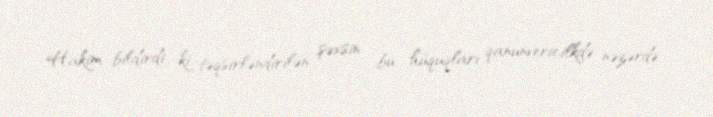
Hakim bildirdi ki, təqsirləndirilən şəxsin bu hüquqları qanunvericilkdə nəzərdə